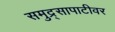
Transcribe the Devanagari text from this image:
समुद्र्सापाटीवर